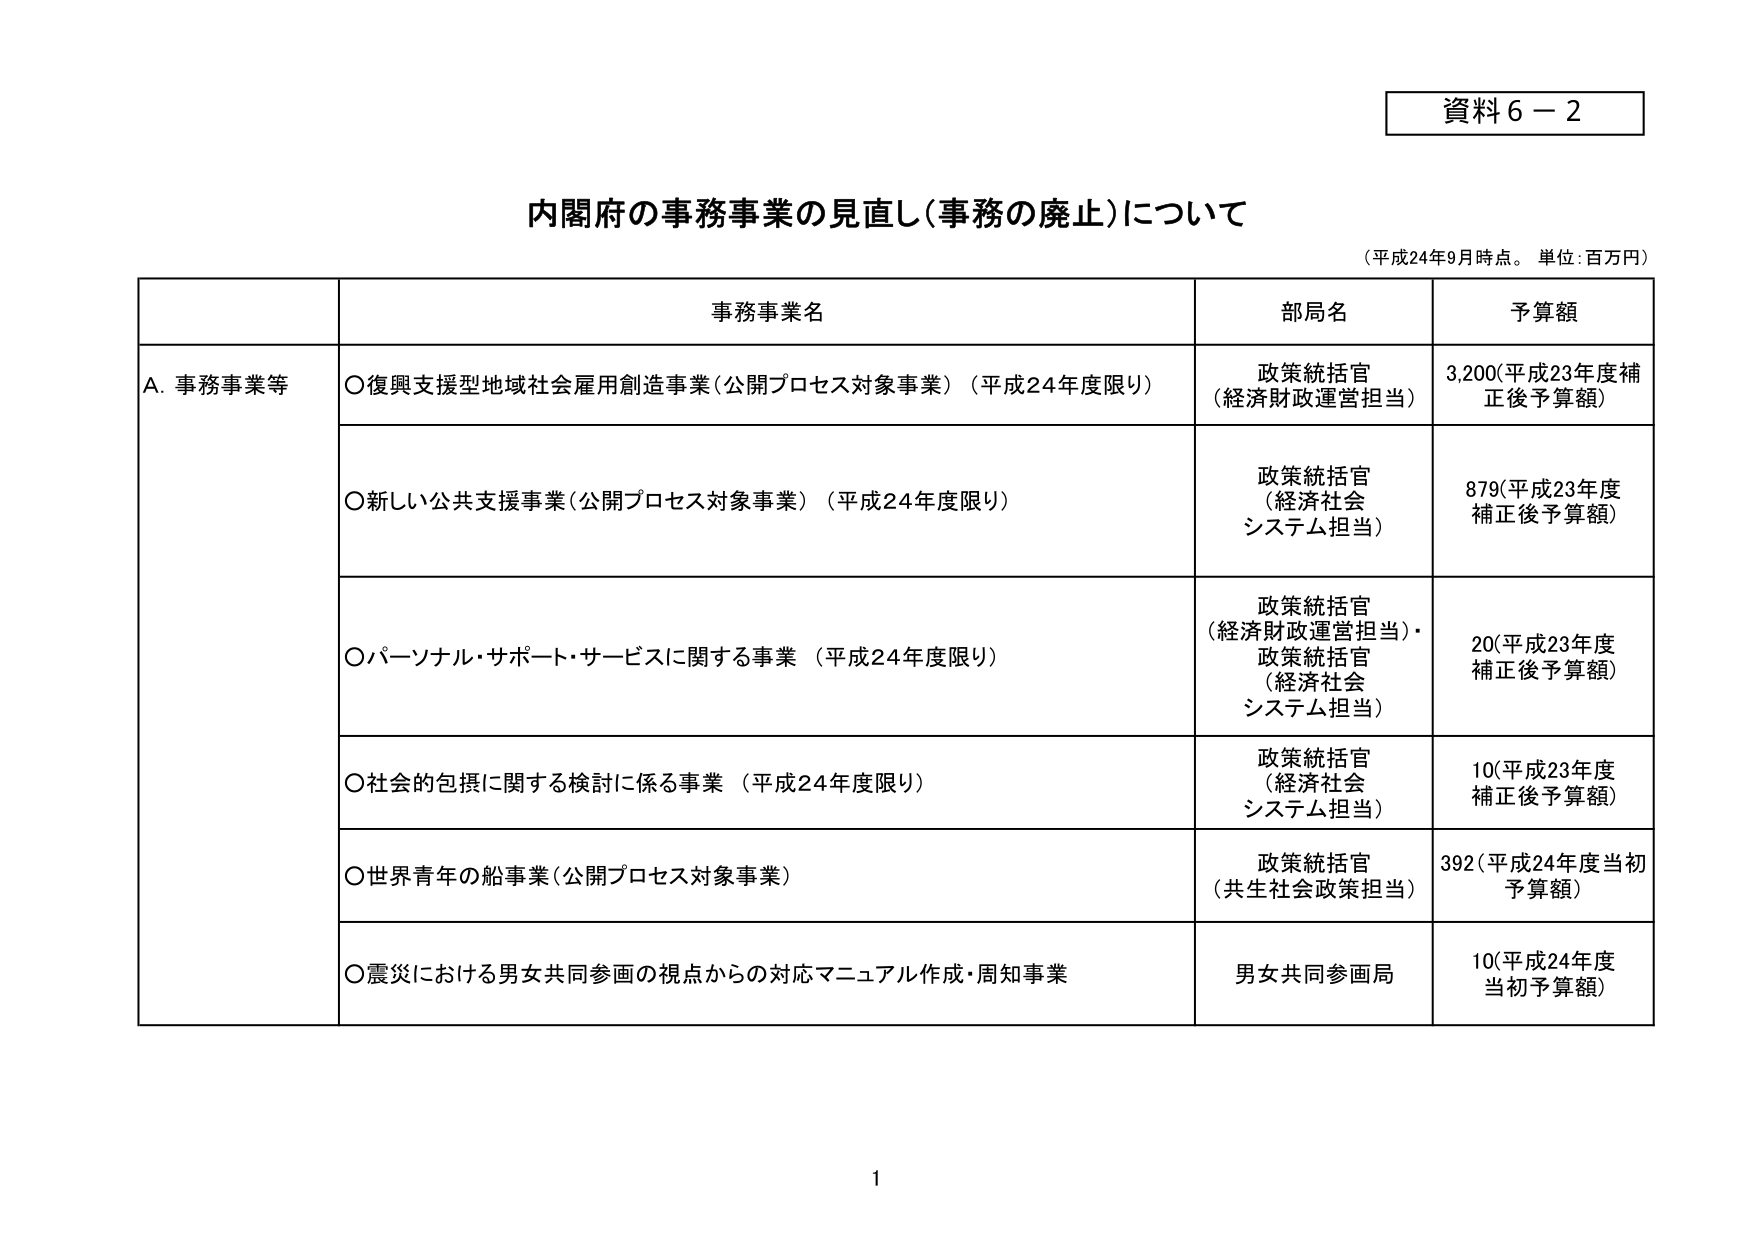
資料６－２

内閣府の事務事業の見直し（事務の廃止）について
（平成24年9月時点。単位：百万円）

事務事業名